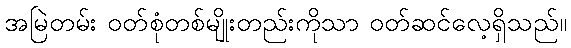
အမြဲတမ်း ဝတ်စုံတစ်မျိုးတည်းကိုသာ ဝတ်ဆင်လေ့ရှိသည်။